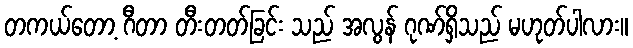
တကယ်တော့ ဂီတာ တီးတတ်ခြင်း သည် အလွန် ဂုဏ်ရှိသည် မဟုတ်ပါလား။